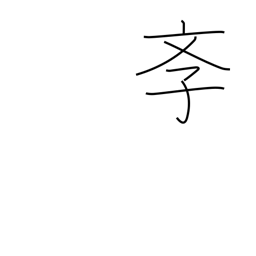
Meaning: school